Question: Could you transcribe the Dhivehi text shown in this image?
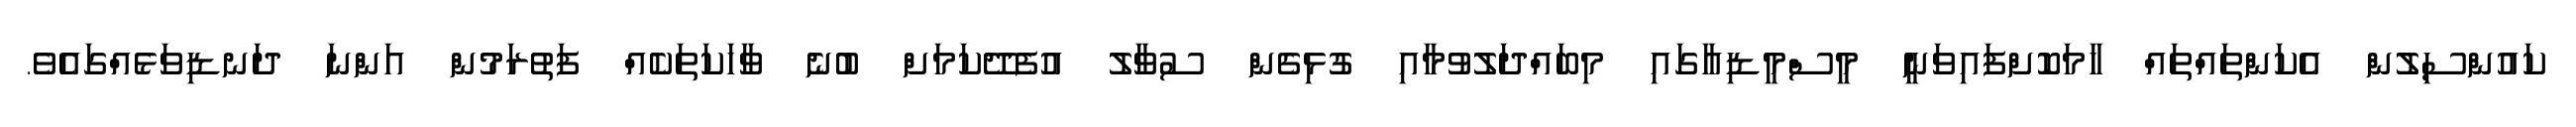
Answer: ކައުންސިލުން އެކަންތައްތައް ހާމަކޮށްފައިވަނީ މީސްމީޑިއާގައި މިބައްދަލުވުމާއި ގުޅިގެން ސުވާލު އުފެދޭކަމަށް ބުނެ ވާހަކަތަކެއް ފަތުރަމުން އަންނަ ދަނޑިވަޅެއްގައެވެ.